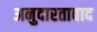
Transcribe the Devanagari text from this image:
अनुदारतावाद